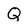
Character: Q